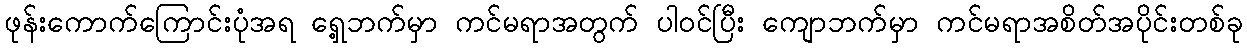
ဖုန်းကောက်ကြောင်းပုံအရ ရှေ့ဘက်မှာ ကင်မရာအတွက် ပါဝင်ပြီး ကျောဘက်မှာ ကင်မရာအစိတ်အပိုင်းတစ်ခု